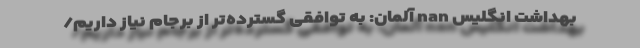
بهداشت انگلیس nan آلمان: به توافقی گسترده‌تر از برجام نیاز داریم/